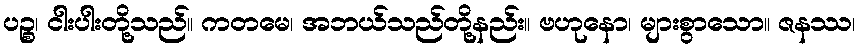
ပဉ္စ၊ ငါးပါးတို့သည်။ ကတမေ၊ အဘယ်သည်တို့နည်း။ ဗဟုနော၊ များစွာသော။ ဇနဿ၊